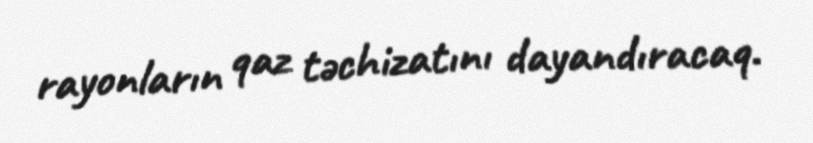
rayonların qaz təchizatını dayandıracaq.